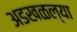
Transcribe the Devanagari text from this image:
अडखळल्या